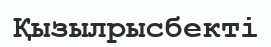
Қызылрысбекті